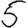
Digit: 5